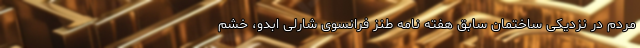
مردم در نزدیکی ساختمان سابق هفته نامه طنز فرانسوی شارلی ابدو، خشم